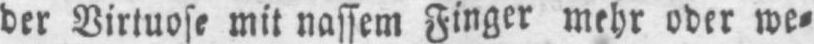
der Virtuose mit nassem Finger mehr oder we⸗